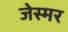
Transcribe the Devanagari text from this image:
जेस्मर